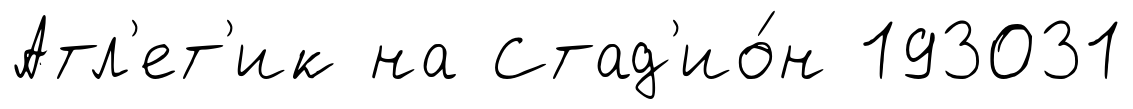
Атл'ет'ик на Стад'ио́н 193031